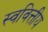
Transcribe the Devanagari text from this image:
स्ववित्तीय